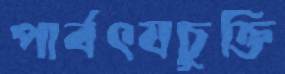
পার্বৎযচুক্তি